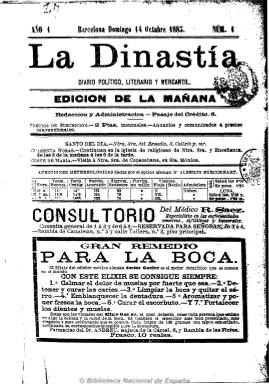
Título: La Dinastía (Barcelona)
Colección: Periódicos
Ámbito geográfico: Barcelona
Lugar de publicación: Barcelona
Fechas: 14/10/1883-30/06/1904

Diario que aparece el 14 de octubre de 1883 en el estadio de la prensa barcelonesa para luchar por la vuelta al poder del Partido Conservador liderado por Antonio Cánovas del Castillo, que en ese momento se encuentra en la oposición. Ya su título refleja su posicionamiento claramente favorable al sistema político de la Restauración monárquica, y a lo largo de sus veintidós años de vida se mostrará rabiosamente antirrepublicano y antianarquista, como portavoz del partido canovista en Cataluña.

Su propietario y primer director será Pere de Roselló, prohombre de los conservadores catalanes, que tras su fallecimiento, en 1890, será adquirido por el Círculo Liberal Conservador, que pondrá al frente del diario a Josep Elias de Molins.

En su primera etapa resalta su composición a una columna, así como la inclusión de sus abundantes anuncios comerciales tanto en la primera plana como en las últimas. Esto último lo seguirá haciendo cuando a partir del uno de abril de 1887 cambie su diseño y pase a ser compuesto a varias columnas (de tres hasta cinco a lo largo de su vida). Asimismo, su paginación variada en sus primeros años, pasa a ser de cuatro planas.

También editó hasta finales de 1888 dos ediciones, una matutina y otra vespertina, para introducir en esta las últimas noticias y las cotizaciones de bolsa.

Las variaciones que le dio al subtítulo no son muy relevantes, empezando por la primera: “diario político, literario y mercantil”. Le dio importancia también al santoral, bajo su cabecera, y a la sección religiosa, y publicaba vistosas esquelas. Redactado íntegramente en castellano, incluye las secciones típicas de la prensa diaria de la época: artículos doctrinales y políticos, crónicas de actualidad, correspondencias particulares (Madrid, Roma, Paris…), secciones comercial, financiera y de espectáculos, noticias locales y judiciales, revistas de prensa y despachos telegráficos de Prensa Asociada. A partir de 1890 también publica las noticias que le proporciona la agencia Mencheta y dará cuenta de las actividades de los distintos centros conservadores catalanes.

De 1892 a 1899 fue dirigido por Marcial Morano; de 1900 a 1902, por Juan González Forter, y de 1902 a 1904, por Juan Luis Pascual de Zulueta. Entre sus redactores y colaboradores estuvieron, entre otros, Luis Alfonso, que era su redactor jefe en 1888, Joaquim Bohigas, Pere Armengol Cornet, Josep Alemany, Federico Asquerino y Xavier Godo.

A partir de 1900 aumentará su reaccionarismo, a la vez que la influencia del Partido Conservador en Cataluña se verá refrenada por la Liga Regionalista y el lerrouxismo. El diario dejará de publicarse el 30 de junio de 1904, coincidiendo con la dimisión y retirada de su líder político en Cataluña, Josep Maria Planes i Casals, a la vez que los centros del partido conservador irán también cerrando y desapareciendo.